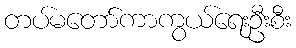
တပ်မတော်ကာကွယ်ရေးဦးစီး